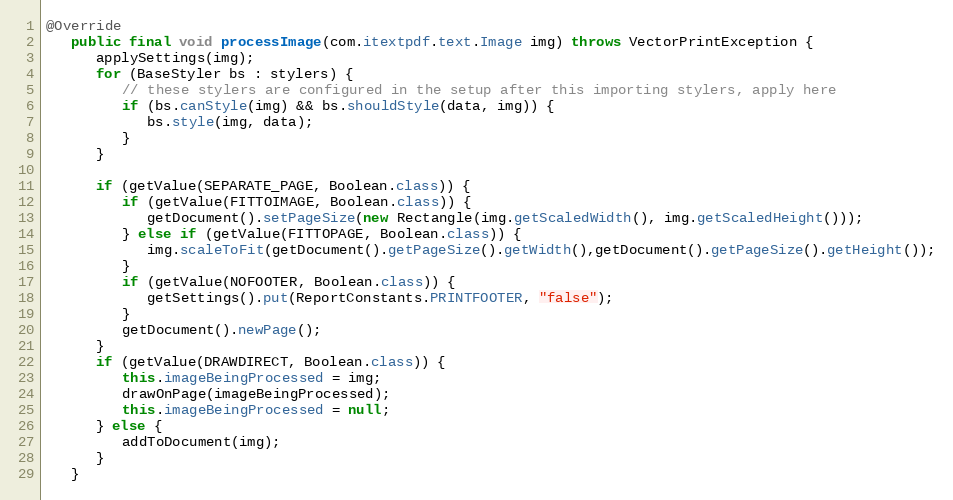
Language: Java
@Override
   public final void processImage(com.itextpdf.text.Image img) throws VectorPrintException {
      applySettings(img);
      for (BaseStyler bs : stylers) {
         // these stylers are configured in the setup after this importing stylers, apply here
         if (bs.canStyle(img) && bs.shouldStyle(data, img)) {
            bs.style(img, data);
         }
      }

      if (getValue(SEPARATE_PAGE, Boolean.class)) {
         if (getValue(FITTOIMAGE, Boolean.class)) {
            getDocument().setPageSize(new Rectangle(img.getScaledWidth(), img.getScaledHeight()));
         } else if (getValue(FITTOPAGE, Boolean.class)) {
            img.scaleToFit(getDocument().getPageSize().getWidth(),getDocument().getPageSize().getHeight());
         }
         if (getValue(NOFOOTER, Boolean.class)) {
            getSettings().put(ReportConstants.PRINTFOOTER, "false");
         }
         getDocument().newPage();
      }
      if (getValue(DRAWDIRECT, Boolean.class)) {
         this.imageBeingProcessed = img;
         drawOnPage(imageBeingProcessed);
         this.imageBeingProcessed = null;
      } else {
         addToDocument(img);
      }
   }